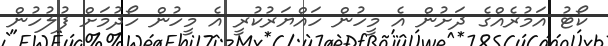
ކޯޓު އަމުރެއްގެ ދަށުން އެ މީހުން ހައްޔަރުކުރީ އެ މީހުން ހޯދުމަށް ފުލުހުން